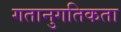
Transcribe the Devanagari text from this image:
गतानुगतिकता